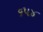
૬૫૪